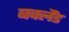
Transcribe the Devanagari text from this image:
बक्लैंड